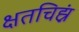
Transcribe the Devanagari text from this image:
क्षतचिह्नं